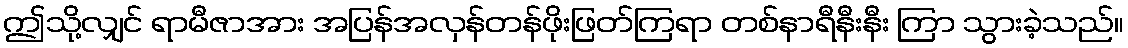
ဤသို့လျှင် ရာမီဇာအား အပြန်အလှန်တန်ဖိုးဖြတ်ကြရာ တစ်နာရီနီးနီး ကြာ သွားခဲ့သည်။